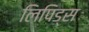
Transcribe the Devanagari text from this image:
लिपिड्स